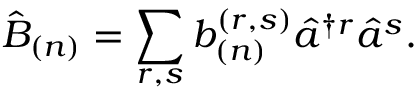
\hat { B } _ { ( n ) } = \sum _ { r , s } b _ { ( n ) } ^ { ( r , s ) } \hat { a } ^ { \dagger r } \hat { a } ^ { s } .